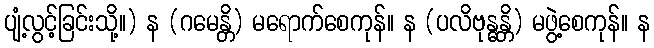
ပျံ့လွင့်ခြင်းသို့။) န (ဂမေန္တိ) မရောက်စေကုန်။ န (ပလိဗုန္ဓန္တိ) မဖွဲ့စေကုန်။ န